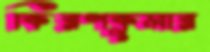
কিরণকুমার